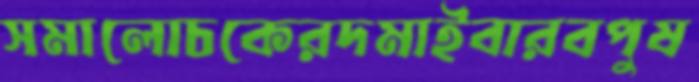
সমালোচকেরদমাইবারবপুষ